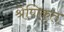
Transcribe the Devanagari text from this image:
श्रेणिकृत